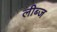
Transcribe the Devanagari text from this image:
लीब्ज